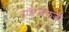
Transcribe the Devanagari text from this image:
ट्राईऔलजी